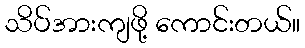
သိပ်အားကျဖို့ ကောင်းတယ်။